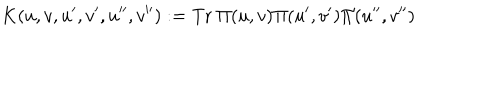
K ( u , v , u ^ { \prime } , v ^ { \prime } , u ^ { \prime \prime } , v ^ { \prime \prime } ) : = \mathrm { T r } ~ \Pi ( u , v ) \Pi ( u ^ { \prime } , v ^ { \prime } ) \Pi ( u ^ { \prime \prime } , v ^ { \prime \prime } )